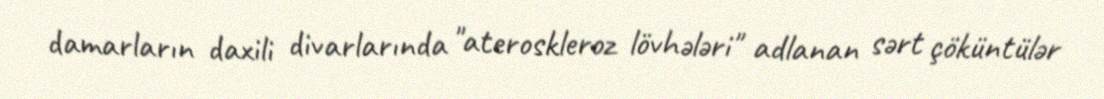
damarların daxili divarlarında "ateroskleroz lövhələri" adlanan sərt çöküntülər